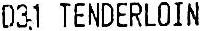
D31 TENDERLOIN